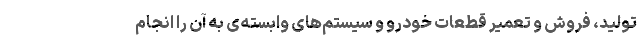
تولید، فروش و تعمیر قطعات خودرو و سیستم‌های وابسته‌ی به آن را انجام